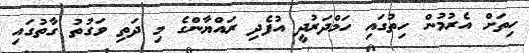
ހިތަށް އެރުމުން ހިތުގައި ހަމްދަރުދީ އުފެދި ރައްޔާންގެ މި ދަތި ވަގުތު ގާތުގައި